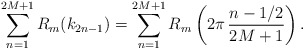
\begin{align*}\sum_{n=1}^{2M+1} R_m(k_{2n-1})=\sum_{n=1}^{2M+1} R_m\left(2\pi\,\frac{ n-1/2}{2M+1}\right).\end{align*}